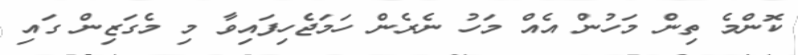
ކޮންމެ ތިން މަހުން އެއް މަހު ނެރެން ހަަމަޖެހިފައިވާ މި މެގަޒިން ގައި